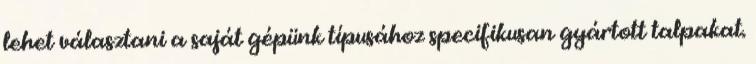
lehet választani a saját gépünk típusához specifikusan gyártott talpakat.